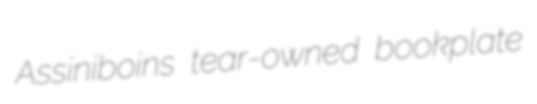
Assiniboins tear-owned bookplate